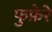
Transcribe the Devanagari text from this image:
फुफ़ेरे